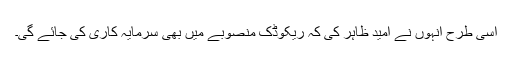
اسی طرح انہوں نے امید ظاہر کی کہ ریکوڈک منصوبے میں بھی سرمایہ کاری کی جائے گی۔